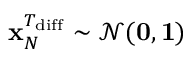
\mathbf { x } _ { N } ^ { T _ { \mathrm { d i f f } } } \sim \mathcal { N } ( \mathbf { 0 } , \mathbf { 1 } )